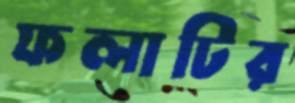
ফলাটির